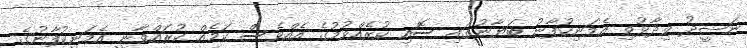
ނަޝީދު ވިދާޅުވި އެމަނިކުފާނު ބަޔާނުގައި ސޮއި ކުރެއްވުމުގެ އެއްވެސް ކަމެއް ކުރައްވާނީ އެމަނިކުފާނުގެ